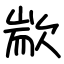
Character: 歂